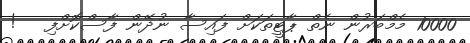
10000 މެމްބަރުން ނެތް ޕާޓީތަކަށް ފައިސާ ނުދޭން ފާސްކޮށްފި   !